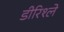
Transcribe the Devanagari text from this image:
डीरिश्ले